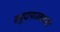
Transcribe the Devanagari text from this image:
समुदायाजवळची